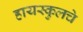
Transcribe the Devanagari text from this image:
हायस्‍कुलचे